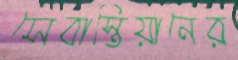
সেবাস্তিয়ানের